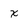
Character: x